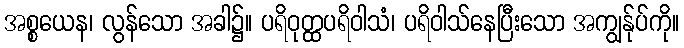
အစ္စယေန၊ လွန်သော အခါ၌။ ပရိဝုတ္ထပရိဝါသံ၊ ပရိဝါသ်နေပြီးသော အကျွန်ုပ်ကို။